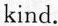
kind.